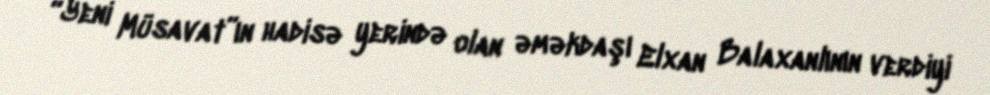
“Yeni Müsavat”ın hadisə yerində olan əməkdaşı Elxan Balaxanlının verdiyi